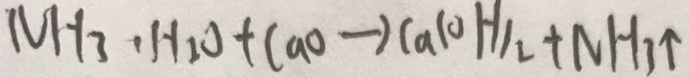
N H _ { 3 } \cdot H _ { 2 } O + C a o \rightarrow C a ( O H ) _ { 2 } + N H _ { 3 } \uparrow